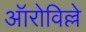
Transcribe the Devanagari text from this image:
ऑरोविल्ले